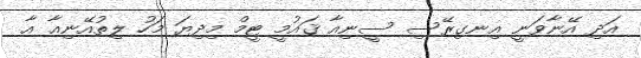
އަދި އޭނާވަނީ އިނގިރޭސި ސީނިއާ ޤައުމީ ޓީމް މިދިޔަ މަހު ލިތުއޭނިއާ އާ